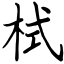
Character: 栻